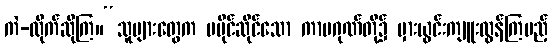
ကဲ-လိုက်ဆိုကြ။“သူများတွေက မပိုင်ဆိုင်သော ကာမဂုဏ်တို့၌ မှားယွင်းကျူးလွန်ကြမည့်